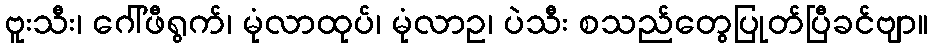
ဗူးသီး၊ ဂေါ်ဖီရွက်၊ မုံလာထုပ်၊ မုံလာဥ၊ ပဲသီး စသည်တွေပြုတ်ပြီခင်ဗျာ။